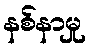
နစ်နာမှု